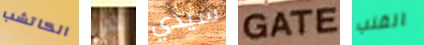
الكاتشب لقد سيدي GATE القنب